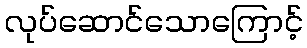
လုပ်ဆောင်သောကြောင့်